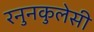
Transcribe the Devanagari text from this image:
रनुनकुलेसी